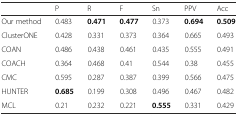
<table><thead><tr><td></td><td><b>P</b></td><td><b>R</b></td><td><b>F</b></td><td><b>Sn</b></td><td><b>PPV</b></td><td><b>Acc</b></td></tr></thead><tbody><tr><td>Our method</td><td>0.483</td><td><b>0.471</b></td><td><b>0.477</b></td><td>0.373</td><td><b>0.694</b></td><td><b>0.509</b></td></tr><tr><td>ClusterONE</td><td>0.428</td><td>0.331</td><td>0.373</td><td>0.364</td><td>0.665</td><td>0.493</td></tr><tr><td>COAN</td><td>0.486</td><td>0.438</td><td>0.461</td><td>0.435</td><td>0.555</td><td>0.491</td></tr><tr><td>COACH</td><td>0.364</td><td>0.468</td><td>0.41</td><td>0.544</td><td>0.38</td><td>0.455</td></tr><tr><td>CMC</td><td>0.595</td><td>0.287</td><td>0.387</td><td>0.399</td><td>0.566</td><td>0.475</td></tr><tr><td>HUNTER</td><td><b>0.685</b></td><td>0.199</td><td>0.308</td><td>0.496</td><td>0.467</td><td>0.482</td></tr><tr><td>MCL</td><td>0.21</td><td>0.232</td><td>0.221</td><td><b>0.555</b></td><td>0.331</td><td>0.429</td></tr></tbody></table>